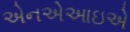
એનએઆઇએ